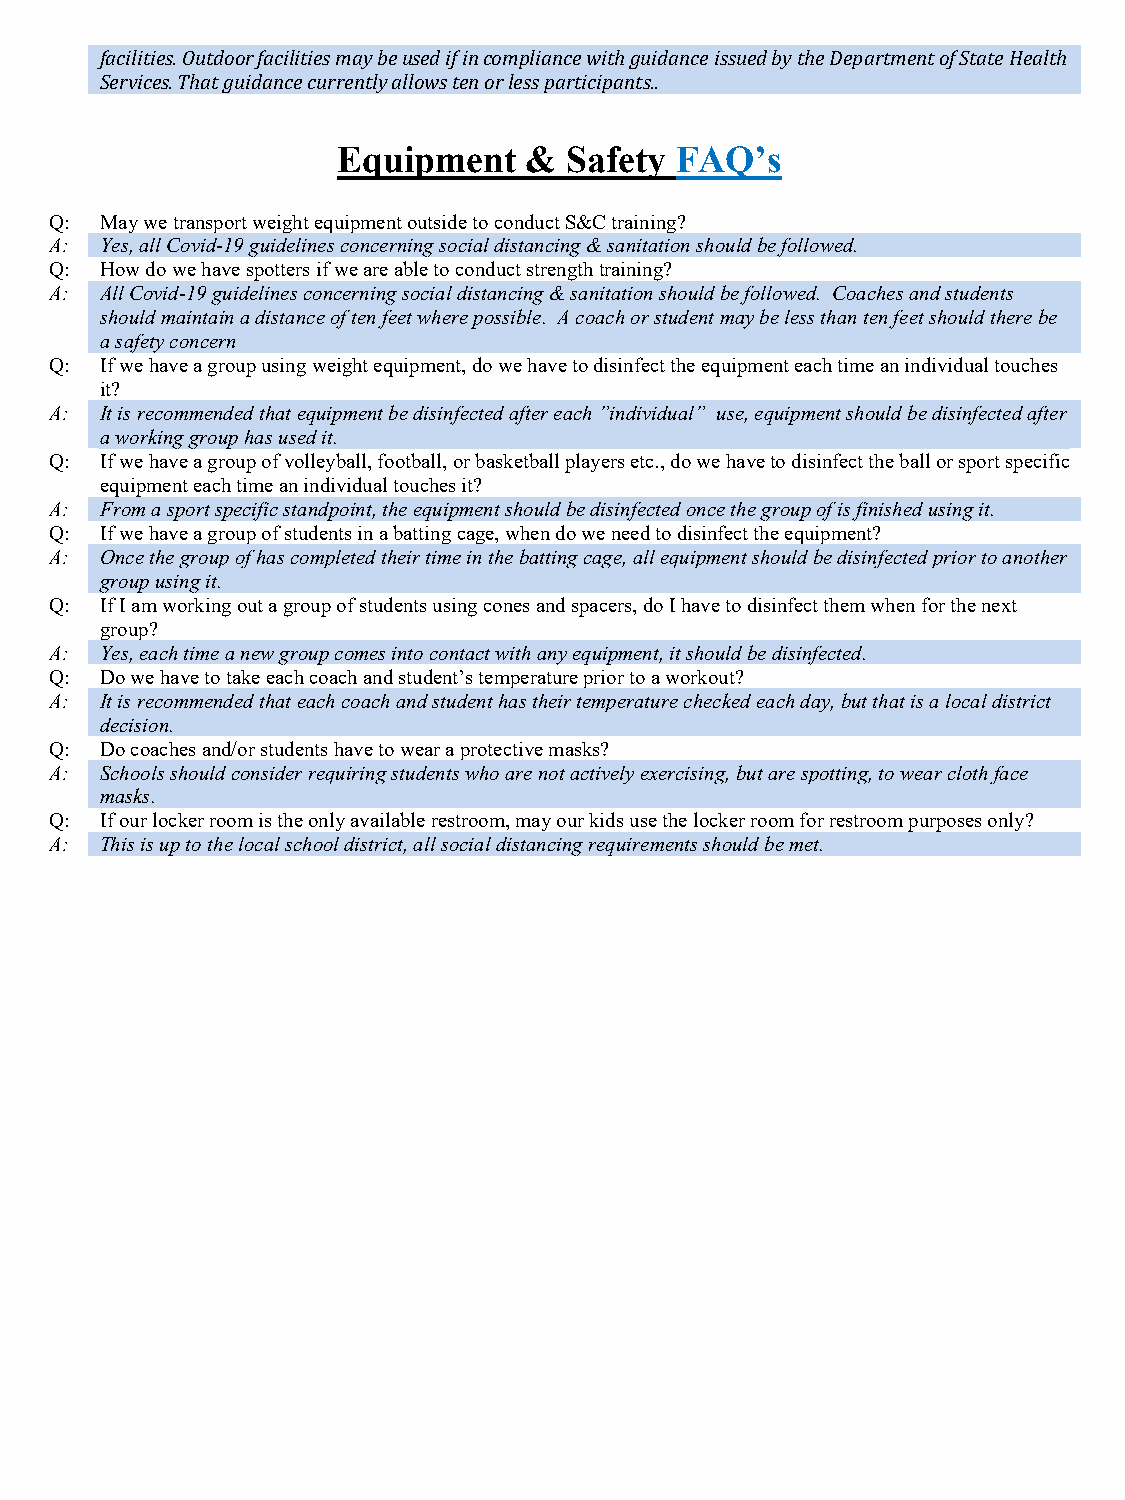
facilities. Outdoor facilities may be used if in compliance with guidance issued by the Department of State Health
 Services. That guidance currently allows ten or less participants..
 Equipment    & Safety  FAQ’s
 Q:  May we transport weight equipment outside to conduct S&C training?
 A:  Yes, all Covid-19 guidelines concerning social distancing & sanitation should be followed.
 Q:  How do we have spotters if we are able to conduct strength training?
 A:  All Covid-19 guidelines concerning social distancing & sanitation should be followed. Coaches and students
 should maintain a distance of ten feet where possible. A coach or student may be less than ten feet should there be
 a safety concern
 Q:  If we have a group using weight equipment, do we have to disinfect the equipment each time an individual touches
 it?
 A:  It is recommended that equipment be disinfected after each ”individual” use, equipment should be disinfected after
 a working group has used it.
 Q:  If we have a group of volleyball, football, or basketball players etc., do we have to disinfect the ball or sport specific
 equipment each time an individual touches it?
 A:  From a sport specific standpoint, the equipment should be disinfected once the group of is finished using it.
 Q:  If we have a group of students in a batting cage, when do we need to disinfect the equipment?
 A:  Once the group of has completed their time in the batting cage, all equipment should be disinfected prior to another
 group using it.
 Q:  If I am working out a group of students using cones and spacers, do I have to disinfect them when for the next
 group?
 A:  Yes, each time a new group comes into contact with any equipment, it should be disinfected.
 Q:  Do we have to take each coach and student’s temperature prior to a workout?
 A:  It is recommended that each coach and student has their temperature checked each day, but that is a local district
 decision.
 Q:  Do coaches and/or students have to wear a protective masks?
 A:  Schools should consider requiring students who are not actively exercising, but are spotting, to wear cloth face
 masks.
 Q:  If our locker room is the only available restroom, may our kids use the locker room for restroom purposes only?
 A:  This is up to the local school district, all social distancing requirements should be met.